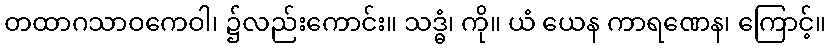
တထာဂသာဝကေဝါ၊ ၌လည်းကောင်း။ သဒ္ဓံ၊ ကို။ ယံ ယေန ကာရဏေန၊ ကြောင့်။